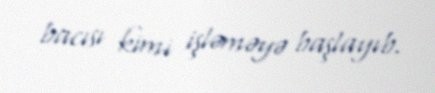
bacısı kimi işləməyə başlayıb.